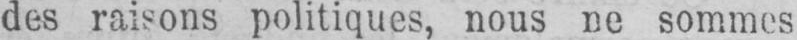
des raisons politiques, nous ne sommes